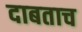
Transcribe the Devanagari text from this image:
दाबताच